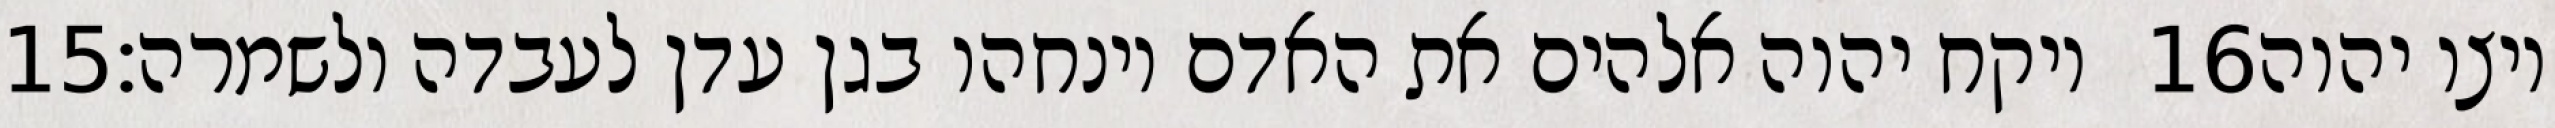
‎15‏ ויקח יהוה אלהים את האדם וינחהו בגן עדן לעבדה ולשמרה׃ ‎16‏ ויצו יהוה